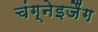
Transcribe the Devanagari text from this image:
चंग्नेइजैंग